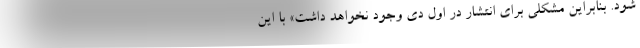
شود. بنابراین مشکلی برای انتشار در اول دی وجود نخواهد داشت» با این